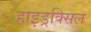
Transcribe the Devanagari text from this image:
हाइड्रक्सिल